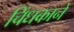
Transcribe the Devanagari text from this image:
चिंधकाने